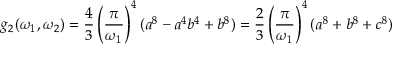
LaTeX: g _ { 2 } ( \omega _ { 1 } , \omega _ { 2 } ) = { \frac { 4 } { 3 } } \left( { \frac { \pi } { \omega _ { 1 } } } \right) ^ { 4 } ( a ^ { 8 } - a ^ { 4 } b ^ { 4 } + b ^ { 8 } ) = { \frac { 2 } { 3 } } \left( { \frac { \pi } { \omega _ { 1 } } } \right) ^ { 4 } ( a ^ { 8 } + b ^ { 8 } + c ^ { 8 } )